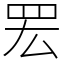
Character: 䍔